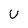
Character: U